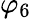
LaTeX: \varphi_{6}